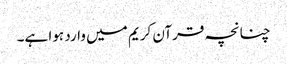
چنانچہ قرآن کریم میں وارد ہوا ہے۔